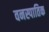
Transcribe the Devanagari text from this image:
वनस्पातिक